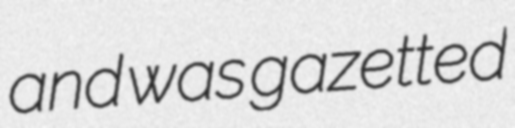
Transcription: and was gazetted